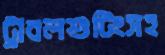
ট্রাবলশুটিংসহ